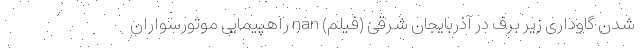
شدن گاوداری زیر برف در آذربایجان شرقی (فیلم) nan راهپیمایی موتورسواران